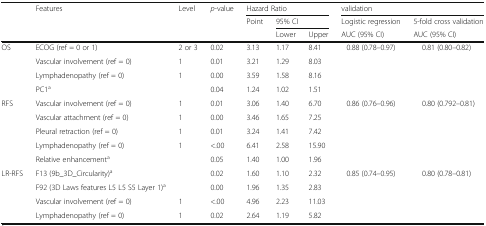
<table><thead><tr><td rowspan="3"></td><td rowspan="3"><b>Features</b></td><td rowspan="3"><b>Level</b></td><td rowspan="3"><b><i>p</i>-value</b></td><td colspan="3"><b>Hazard Ratio</b></td><td colspan="2"><b>validation</b></td></tr><tr><td rowspan="2"><b>Point</b></td><td colspan="2"><b>95% CI</b></td><td><b>Logistic regression</b></td><td><b>5-fold cross validation</b></td></tr><tr><td><b>Lower</b></td><td><b>Upper</b></td><td><b>AUC (95% CI)</b></td><td><b>AUC (95% CI)</b></td></tr></thead><tbody><tr><td rowspan="4">OS</td><td>ECOG (ref = 0 or 1)</td><td>2 or 3</td><td>0.02</td><td>3.13</td><td>1.17</td><td>8.41</td><td rowspan="4">0.88 (0.78–0.97)</td><td rowspan="4">0.81 (0.80–0.82)</td></tr><tr><td>Vascular involvement (ref = 0)</td><td>1</td><td>0.01</td><td>3.21</td><td>1.29</td><td>8.03</td></tr><tr><td>Lymphadenopathy (ref = 0)</td><td>1</td><td>0.00</td><td>3.59</td><td>1.58</td><td>8.16</td></tr><tr><td>PC1<sup>a</sup></td><td></td><td>0.04</td><td>1.24</td><td>1.02</td><td>1.51</td></tr><tr><td rowspan="5">RFS</td><td>Vascular involvement (ref = 0)</td><td>1</td><td>0.01</td><td>3.06</td><td>1.40</td><td>6.70</td><td rowspan="5">0.86 (0.76–0.96)</td><td rowspan="5">0.80 (0.792–0.81)</td></tr><tr><td>Vascular attachment (ref = 0)</td><td>1</td><td>0.00</td><td>3.46</td><td>1.65</td><td>7.25</td></tr><tr><td>Pleural retraction (ref = 0)</td><td>1</td><td>0.01</td><td>3.24</td><td>1.41</td><td>7.42</td></tr><tr><td>Lymphadenopathy (ref = 0)</td><td>1</td><td>&lt;.00</td><td>6.41</td><td>2.58</td><td>15.90</td></tr><tr><td>Relative enhancement<sup>a</sup></td><td></td><td>0.05</td><td>1.40</td><td>1.00</td><td>1.96</td></tr><tr><td rowspan="4">LR-RFS</td><td>F13 (9b_3D_Circularity)<sup>a</sup></td><td></td><td>0.02</td><td>1.60</td><td>1.10</td><td>2.32</td><td rowspan="4">0.85 (0.74–0.95)</td><td rowspan="4">0.80 (0.78–0.81)</td></tr><tr><td>F92 (3D Laws features L5 L5 S5 Layer 1)<sup>a</sup></td><td></td><td>0.00</td><td>1.96</td><td>1.35</td><td>2.83</td></tr><tr><td>Vascular involvement (ref = 0)</td><td>1</td><td>&lt;.00</td><td>4.96</td><td>2.23</td><td>11.03</td></tr><tr><td>Lymphadenopathy (ref = 0)</td><td>1</td><td>0.02</td><td>2.64</td><td>1.19</td><td>5.82</td></tr></tbody></table>